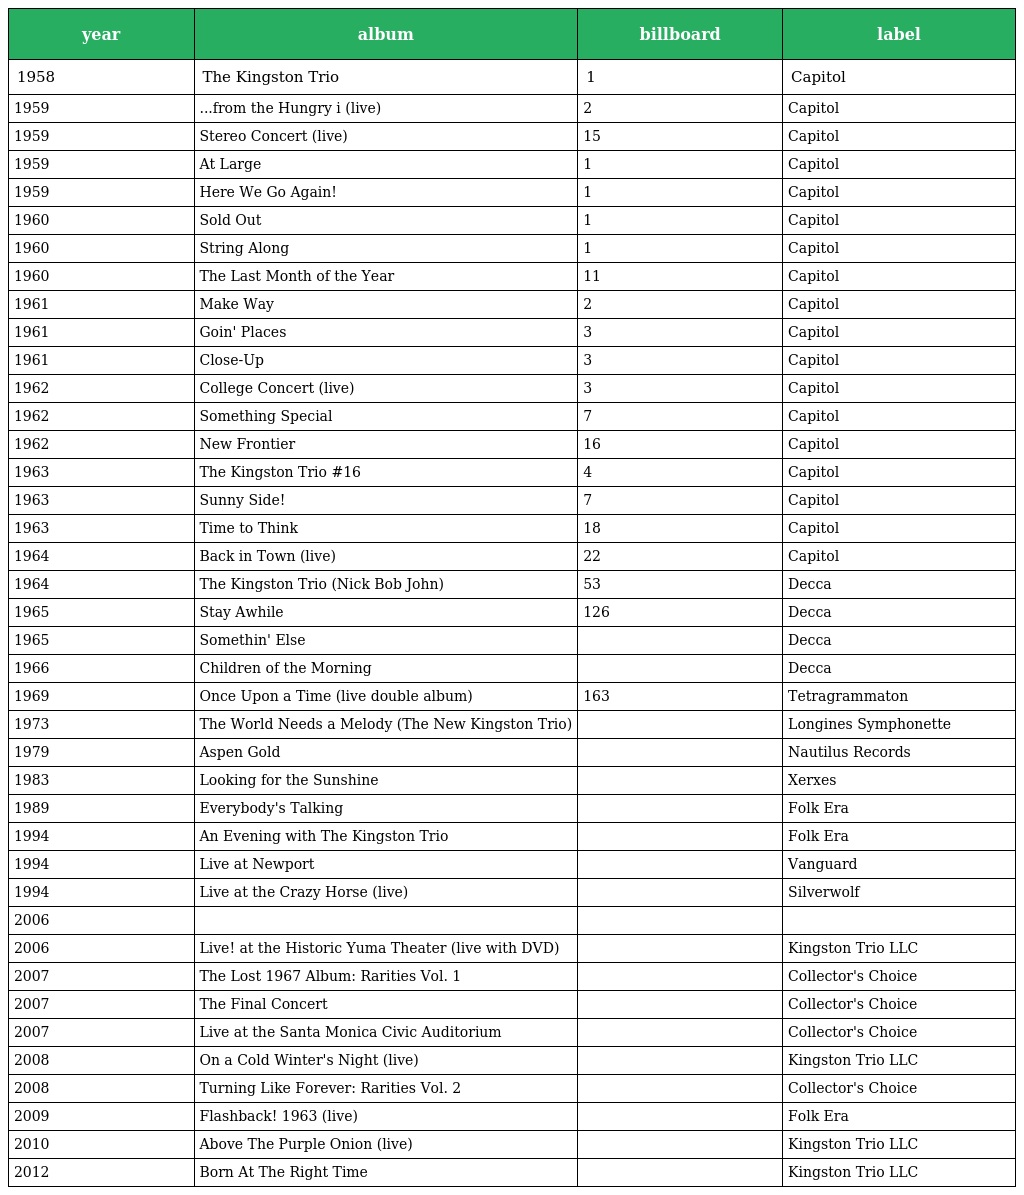
| year | album | billboard | label |
 | --- | --- | --- | --- |
 | 1958 | The Kingston Trio | 1 | Capitol |
 | 1959 | ...from the Hungry i (live) | 2 | Capitol |
 | 1959 | Stereo Concert (live) | 15 | Capitol |
 | 1959 | At Large | 1 | Capitol |
 | 1959 | Here We Go Again! | 1 | Capitol |
 | 1960 | Sold Out | 1 | Capitol |
 | 1960 | String Along | 1 | Capitol |
 | 1960 | The Last Month of the Year | 11 | Capitol |
 | 1961 | Make Way | 2 | Capitol |
 | 1961 | Goin' Places | 3 | Capitol |
 | 1961 | Close-Up | 3 | Capitol |
 | 1962 | College Concert (live) | 3 | Capitol |
 | 1962 | Something Special | 7 | Capitol |
 | 1962 | New Frontier | 16 | Capitol |
 | 1963 | The Kingston Trio #16 | 4 | Capitol |
 | 1963 | Sunny Side! | 7 | Capitol |
 | 1963 | Time to Think | 18 | Capitol |
 | 1964 | Back in Town (live) | 22 | Capitol |
 | 1964 | The Kingston Trio (Nick Bob John) | 53 | Decca |
 | 1965 | Stay Awhile | 126 | Decca |
 | 1965 | Somethin' Else |  | Decca |
 | 1966 | Children of the Morning |  | Decca |
 | 1969 | Once Upon a Time (live double album) | 163 | Tetragrammaton |
 | 1973 | The World Needs a Melody (The New Kingston Trio) |  | Longines Symphonette |
 | 1979 | Aspen Gold |  | Nautilus Records |
 | 1983 | Looking for the Sunshine |  | Xerxes |
 | 1989 | Everybody's Talking |  | Folk Era |
 | 1994 | An Evening with The Kingston Trio |  | Folk Era |
 | 1994 | Live at Newport |  | Vanguard |
 | 1994 | Live at the Crazy Horse (live) |  | Silverwolf |
 | 2006 |  |  |  |
 | 2006 | Live! at the Historic Yuma Theater (live with DVD) |  | Kingston Trio LLC |
 | 2007 | The Lost 1967 Album: Rarities Vol. 1 |  | Collector's Choice |
 | 2007 | The Final Concert |  | Collector's Choice |
 | 2007 | Live at the Santa Monica Civic Auditorium |  | Collector's Choice |
 | 2008 | On a Cold Winter's Night (live) |  | Kingston Trio LLC |
 | 2008 | Turning Like Forever: Rarities Vol. 2 |  | Collector's Choice |
 | 2009 | Flashback! 1963 (live) |  | Folk Era |
 | 2010 | Above The Purple Onion (live) |  | Kingston Trio LLC |
 | 2012 | Born At The Right Time |  | Kingston Trio LLC |